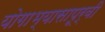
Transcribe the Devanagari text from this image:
योगाभ्यासापूर्वी